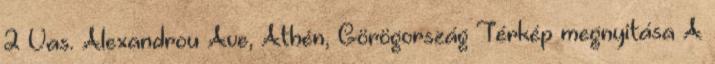
2 Vas. Alexandrou Ave, Athén, Görögország Térkép megnyitása A